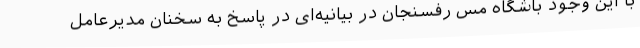
با این وجود باشگاه مس رفسنجان در بیانیه‌ای در پاسخ به سخنان مدیرعامل